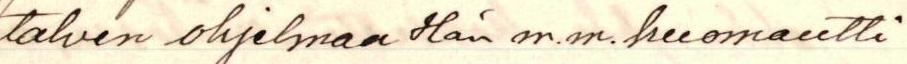
talven ohjelmaa Hän m.m. huomautti